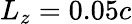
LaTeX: L_{z}=0.05c